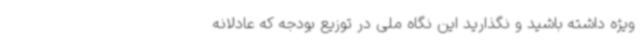
ویژه داشته باشید و نگذارید این نگاه ملی در توزیع بودجه که عادلانه